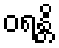
ဝရန္တိ